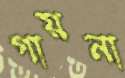
গায়না